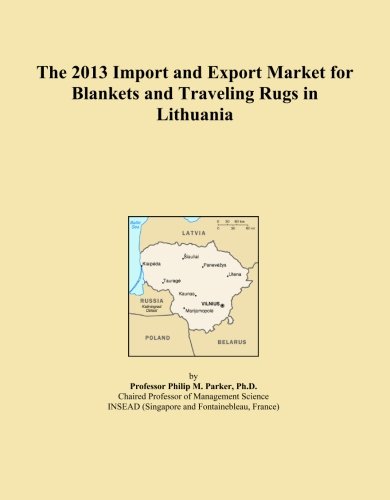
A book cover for The 2013 Import and Export Market for Blankets and Traveling Rugs in Lithuania; Icon Group International; Travel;